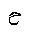
Letter: _ha